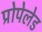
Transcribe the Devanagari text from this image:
प्रोपेलेड